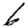
Digit: 6